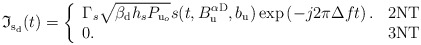
\begin{align*}&\!\!\!\!\!\!\!\mathfrak{I}_{{\rm s}_{\rm d}}(t)= \left\{\begin{array}{ll}\Gamma_{s} \sqrt{\beta_{\rm d} h_s P_{{\rm u}_{o}}}s(t, B_{\rm u}^{\alpha {\rm D}},b_{\rm u}) \exp \left(- j 2 \pi \Delta f t \right). & {\rm 2NT} \\0. & {\rm 3NT}\end{array}\right.\end{align*}